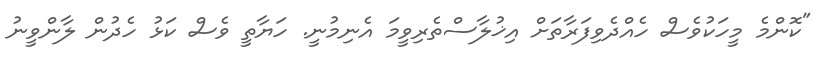
"ކޮންމެ މީހަކުވެސް ހެއްދެވިފަރާތަށް އިޚުލާސްތެރިވީމަ އެނިމުނީ. ހަޔާތީ ވެސް ކަޅު ހެދުން ލާންވީނު